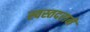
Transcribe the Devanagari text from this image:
स्वस्तदराने